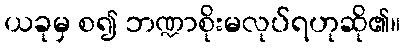
ယခုမှ စ၍ ဘဏ္ဍာစိုးမလုပ်ရဟုဆို၏။